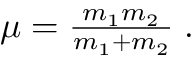
\begin{array} { r } { \mu = \frac { m _ { 1 } m _ { 2 } } { m _ { 1 } + m _ { 2 } } \; . } \end{array}